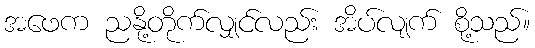
အဖေက ညနို့တိုက်လျှင်လည်း အိပ်လျက် စို့သည်။